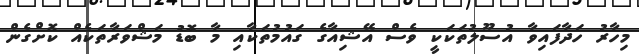
މިހާރު ހަދާފައިވާ އުސޫލުތަކަކީ ވެސް އޭޝިއާގެ ގައުމުތަކާއި މާ ބޮޑު މަޝްވަރާތަކެއް ކޮށްގެން